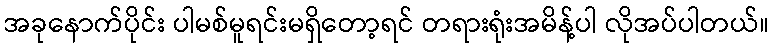
အခုနောက်ပိုင်း ပါမစ်မူရင်းမရှိတော့ရင် တရားရုံးအမိန့်ပါ လိုအပ်ပါတယ်။